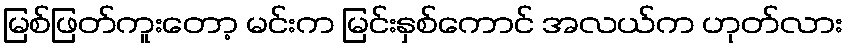
မြစ်ဖြတ်ကူးတော့ မင်းက မြင်းနှစ်ကောင် အလယ်က ဟုတ်လား